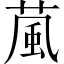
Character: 葻